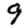
Digit: 9